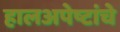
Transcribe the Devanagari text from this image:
हालअपेष्टांचे